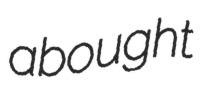
abought